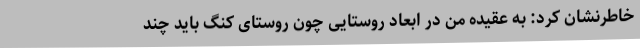
خاطرنشان کرد: به عقیده من در ابعاد روستایی چون روستای کنگ باید چند